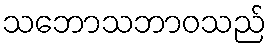
သဘောသဘာဝသည်